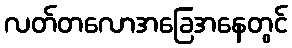
လတ်တလောအခြေအနေတွင်